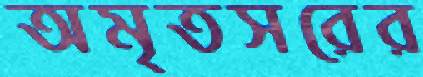
অমৃতসরের